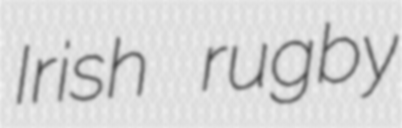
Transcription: Irish rugby